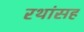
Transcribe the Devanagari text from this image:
रथांसह